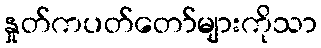
နှုတ်ကပတ်တော်များကိုသာ